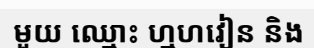
មួយ ឈ្មោះ ហ្មហវៀន និង